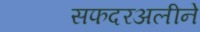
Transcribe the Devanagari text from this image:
सफदरअलीने